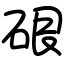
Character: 硍